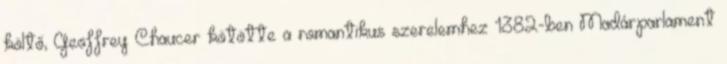
költő, Geoffrey Chaucer kötötte a romantikus szerelemhez 1382-ben Madárparlament